Indian journal of veterinary science and animal husbandry - Volumes 18-21, 1948-1951
Year: 1948
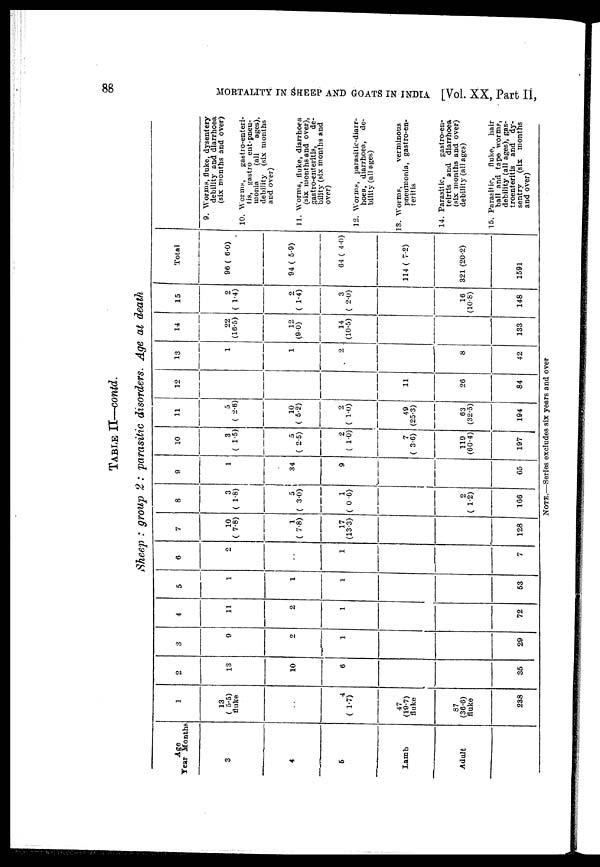
88
MORTALITY IN SHEEP AND GOATS IN INDIA [Vol. XX, Part II,
TABLE II—contd.
Sheep : group 2: parasitic disorders. Age at death
Age
Tear Months
3
4
5
Lamb
Adult
1
13
(5.5)
fluke
. .
4
(1.7)
47
(19.7)
fluke
87
(36.6)
fluke
238
2
13
10
6
35
3
9
2
1
29
4
11
2
1
72
5
1
1
1
53
6
2
. .
1
7
7
10
(7.8)
1
(7.8)
17
(13.3)
128
8
3
(1.8)
5
(3.0)
1
(0.6)
2
(1.2)
166
9
1
34
9
65
10
3
(1.5)
5
(2.5)
2
(1.0)
7
(3.6)
119
(60.4)
197
11
5
(2.6)
10
(5.2)
2
(1.0)
49
(25.3)
63
(32.5)
194
12
11
26
84
13
1
1
2
8
42
14
22
(16.5)
12
(9.0)
14
(10.5)
133
15
2
(1.4)
2
(1.4)
3
(2.0)
16
(10.8)
148
Total
96 (6.0)
94 (5.9)
64 (4.0)
114 (7.2)
321 (20.2)
1591
9. Worms, fluke, dysentery
debility and diarrhoea
(six months and over)
10. Worms,
gastro-enteri-
tis, gastro ent-pneu-
monia
(all
ages),
debility
(six months
and over)
11. Worms, fluke, diarrhoea
(six months and over),
gastro-enteritis,
de-
bility (six months and
over)
12. Worms, parasitic-diarr-
hoea, diarrhoea, de-
bility (all ages)
13. Worms, verminous
pneumonia, gastro-en-
teritis
14. Parasitic, gastro-en-
teirtis and diarrhoea
(six months and over)
debility (all ages)
15. Parasitic, fluke, hair
ball and tape worms,
debility (all ages), gas-
troenteritis and dy-
sentry (six months
and over)
NOTE.—Series excludes six years and over